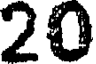
20